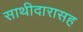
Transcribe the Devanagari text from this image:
साथीदारासह